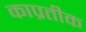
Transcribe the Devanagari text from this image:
काप्रतीक